Source: Computer-generated
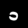
Digit: ၁ (1)